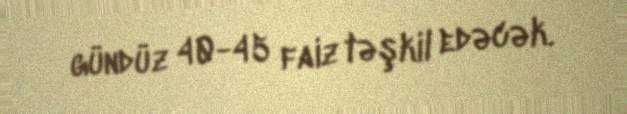
gündüz 40-45 faiz təşkil edəcək.